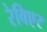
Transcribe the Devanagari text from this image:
रेविएर